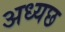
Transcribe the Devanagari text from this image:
अध्यछ